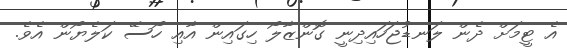
އެ ޓީމަށް ދެން ލަނޑުޖަހައިދިނީ ގޮންޒާލޯ ހިގައިން އާއި ހޯސޭ ކަލެޔޯން އެވެ.